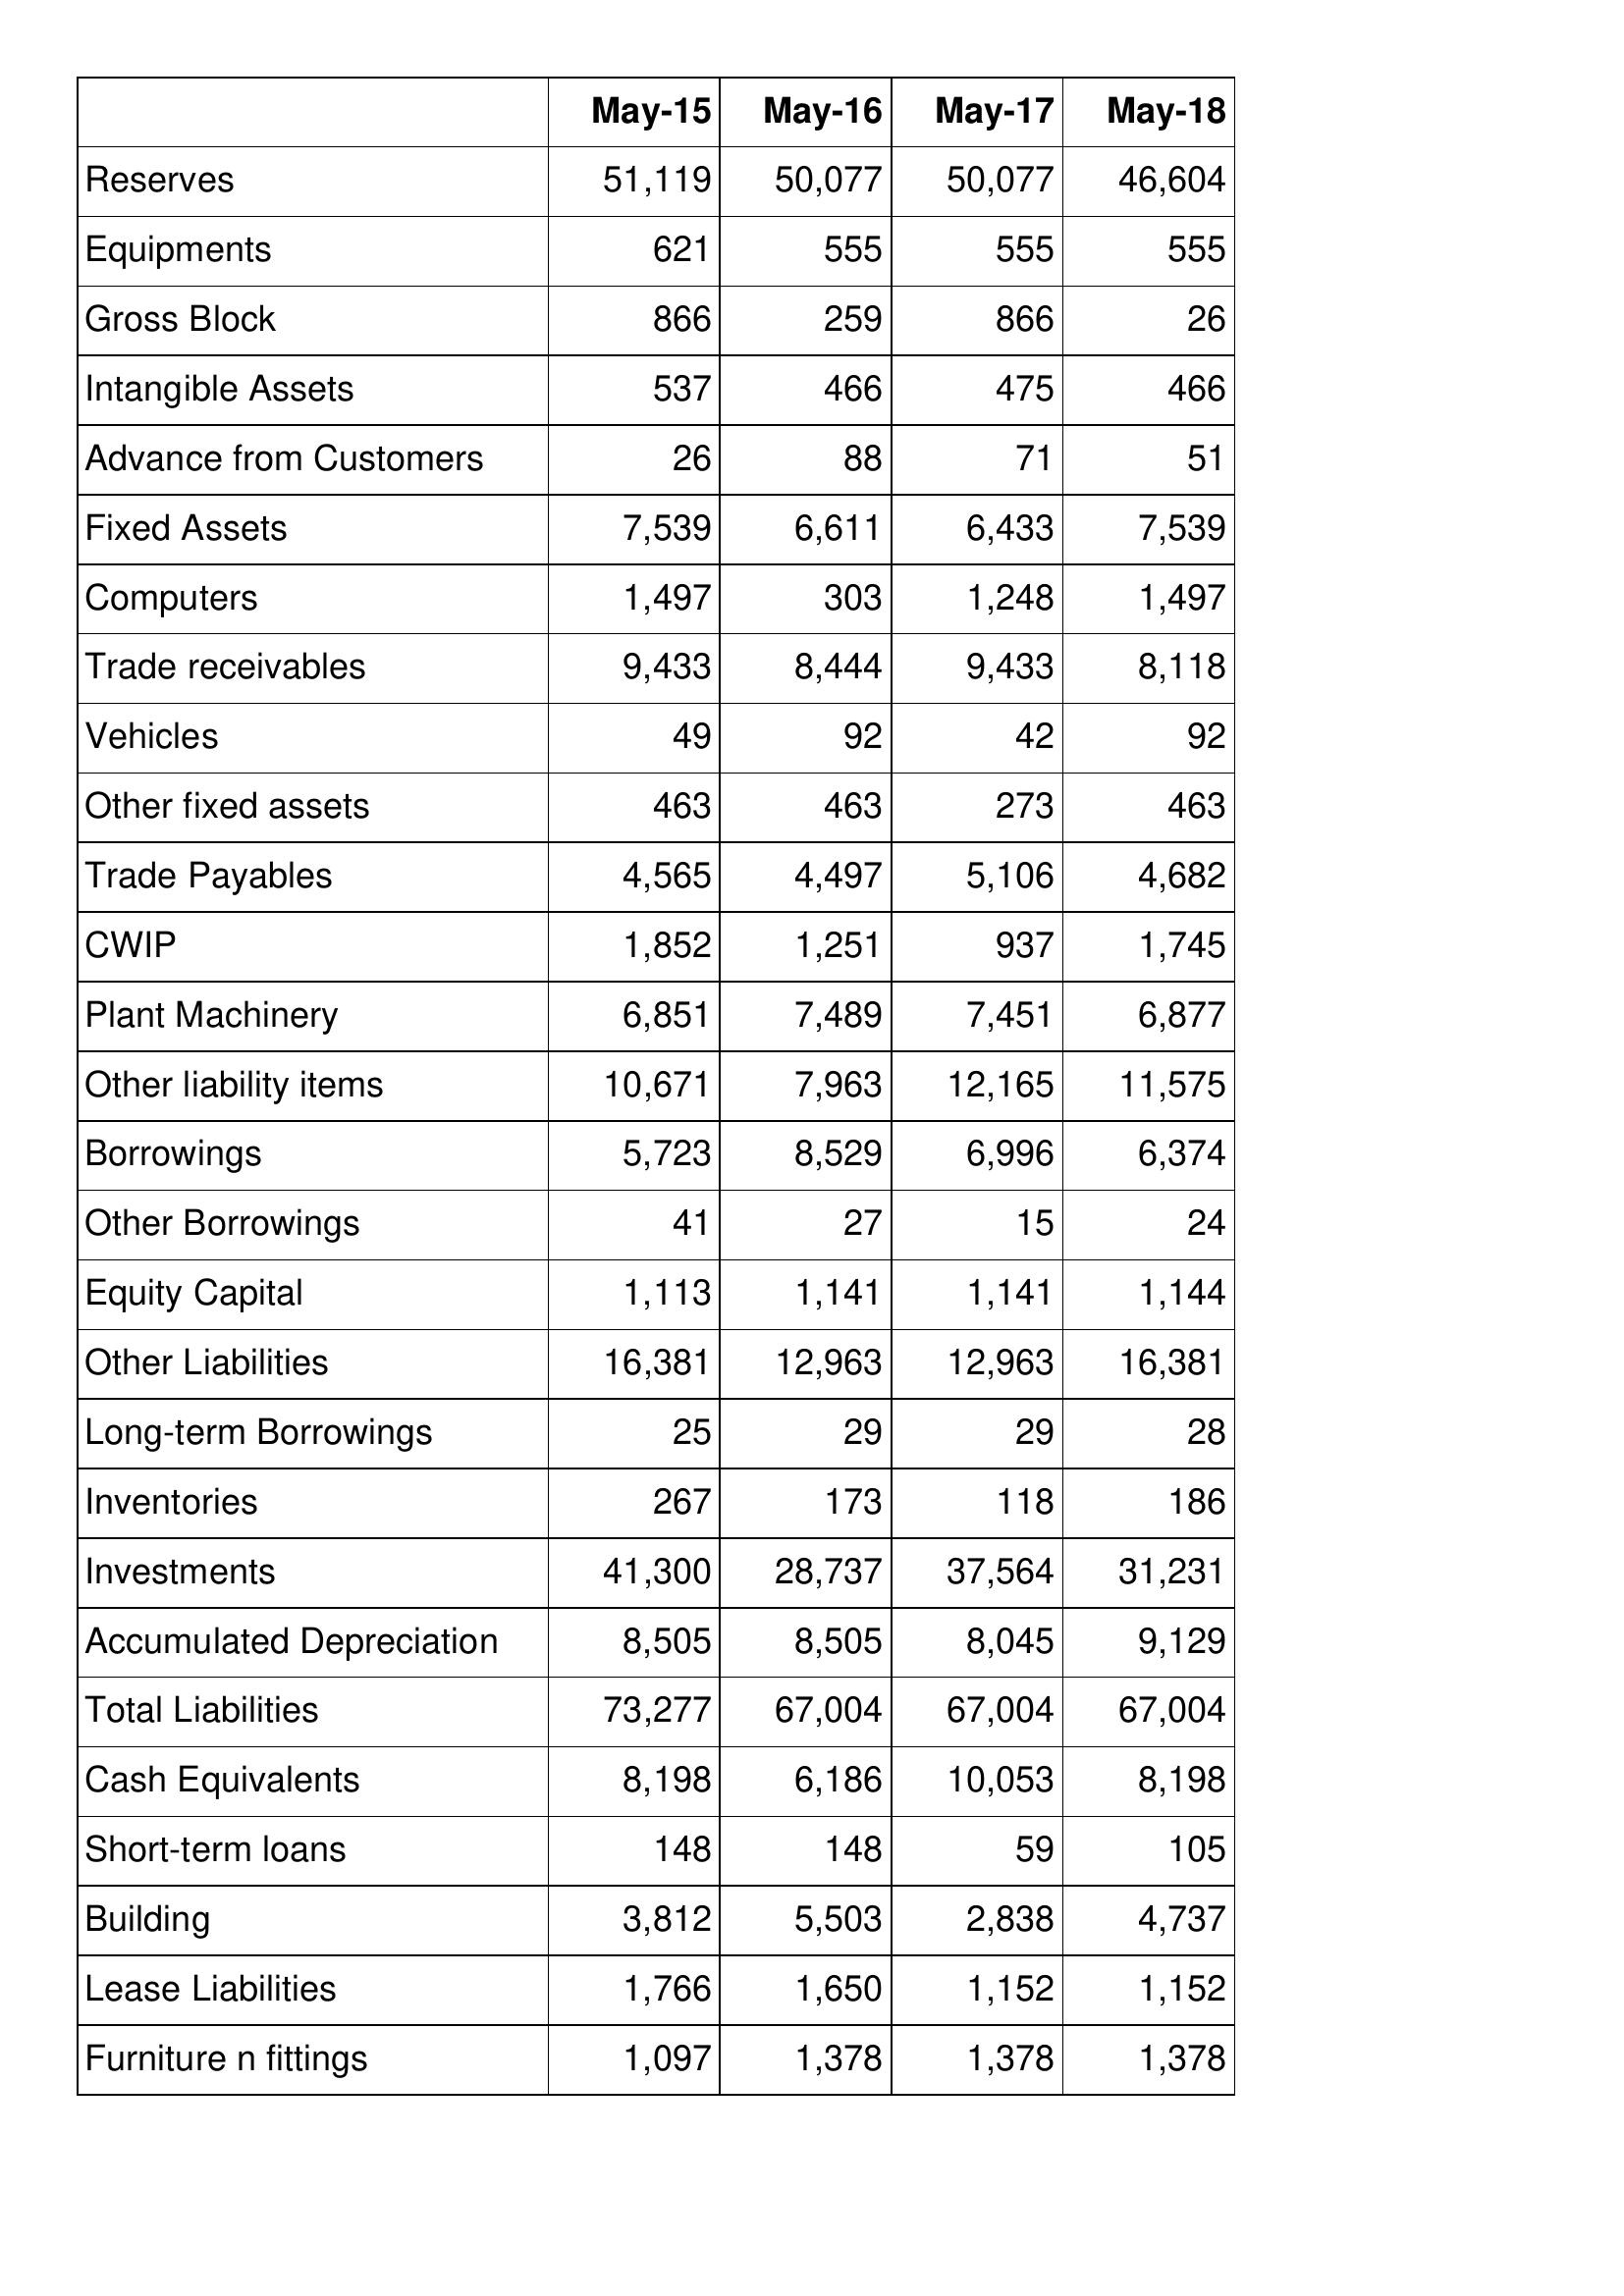
May-15: Balance Sheet: Reserves: 51,119
Equipments: 621
Gross Block: 866
Intangible Assets: 537
Advance from Customers: 26
Fixed Assets: 7,539
Computers: 1,497
Trade receivables: 9,433
Vehicles: 49
Other fixed assets: 463
Trade Payables: 4,565
CWIP: 1,852
Plant Machinery: 6,851
Other liability items: 10,671
Borrowings: 5,723
Other Borrowings: 41
Equity Capital: 1,113
Other Liabilities: 16,381
Long-term Borrowings: 25
Inventories: 267
Investments: 41,300
Accumulated Depreciation: 8,505
Total Liabilities: 73,277
Cash Equivalents: 8,198
Short-term loans: 148
Building: 3,812
Lease Liabilities: 1,766
Furniture n fittings: 1,097
May-16: Balance Sheet: Reserves: 50,077
Equipments: 555
Gross Block: 259
Intangible Assets: 466
Advance from Customers: 88
Fixed Assets: 6,611
Computers: 303
Trade receivables: 8,444
Vehicles: 92
Other fixed assets: 463
Trade Payables: 4,497
CWIP: 1,251
Plant Machinery: 7,489
Other liability items: 7,963
Borrowings: 8,529
Other Borrowings: 27
Equity Capital: 1,141
Other Liabilities: 12,963
Long-term Borrowings: 29
Inventories: 173
Investments: 28,737
Accumulated Depreciation: 8,505
Total Liabilities: 67,004
Cash Equivalents: 6,186
Short-term loans: 148
Building: 5,503
Lease Liabilities: 1,650
Furniture n fittings: 1,378
May-17: Balance Sheet: Reserves: 50,077
Equipments: 555
Gross Block: 866
Intangible Assets: 475
Advance from Customers: 71
Fixed Assets: 6,433
Computers: 1,248
Trade receivables: 9,433
Vehicles: 42
Other fixed assets: 273
Trade Payables: 5,106
CWIP: 937
Plant Machinery: 7,451
Other liability items: 12,165
Borrowings: 6,996
Other Borrowings: 15
Equity Capital: 1,141
Other Liabilities: 12,963
Long-term Borrowings: 29
Inventories: 118
Investments: 37,564
Accumulated Depreciation: 8,045
Total Liabilities: 67,004
Cash Equivalents: 10,053
Short-term loans: 59
Building: 2,838
Lease Liabilities: 1,152
Furniture n fittings: 1,378
May-18: Balance Sheet: Reserves: 46,604
Equipments: 555
Gross Block: 26
Intangible Assets: 466
Advance from Customers: 51
Fixed Assets: 7,539
Computers: 1,497
Trade receivables: 8,118
Vehicles: 92
Other fixed assets: 463
Trade Payables: 4,682
CWIP: 1,745
Plant Machinery: 6,877
Other liability items: 11,575
Borrowings: 6,374
Other Borrowings: 24
Equity Capital: 1,144
Other Liabilities: 16,381
Long-term Borrowings: 28
Inventories: 186
Investments: 31,231
Accumulated Depreciation: 9,129
Total Liabilities: 67,004
Cash Equivalents: 8,198
Short-term loans: 105
Building: 4,737
Lease Liabilities: 1,152
Furniture n fittings: 1,378